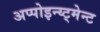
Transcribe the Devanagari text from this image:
अप्पोइन्य्ट्मेन्ट